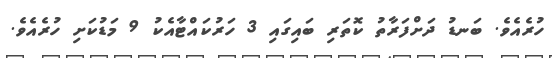
ހުރެއެވެ. ބަނޑު ދަށްފަރާތު ކޮތަރި ބައިގައި 3 ހަރުކައްޓާއެކު 9 މަޑުކަށި ހުރެއެވެ.